Bréfritari: Sigríður Pálsdóttir
Viðtakandi: Páll Pálsson
Dagsetning: A-1869-10-04
Skrifað á: Breiðabólsstað  Rang.
Páll var bróðir Sigríðar

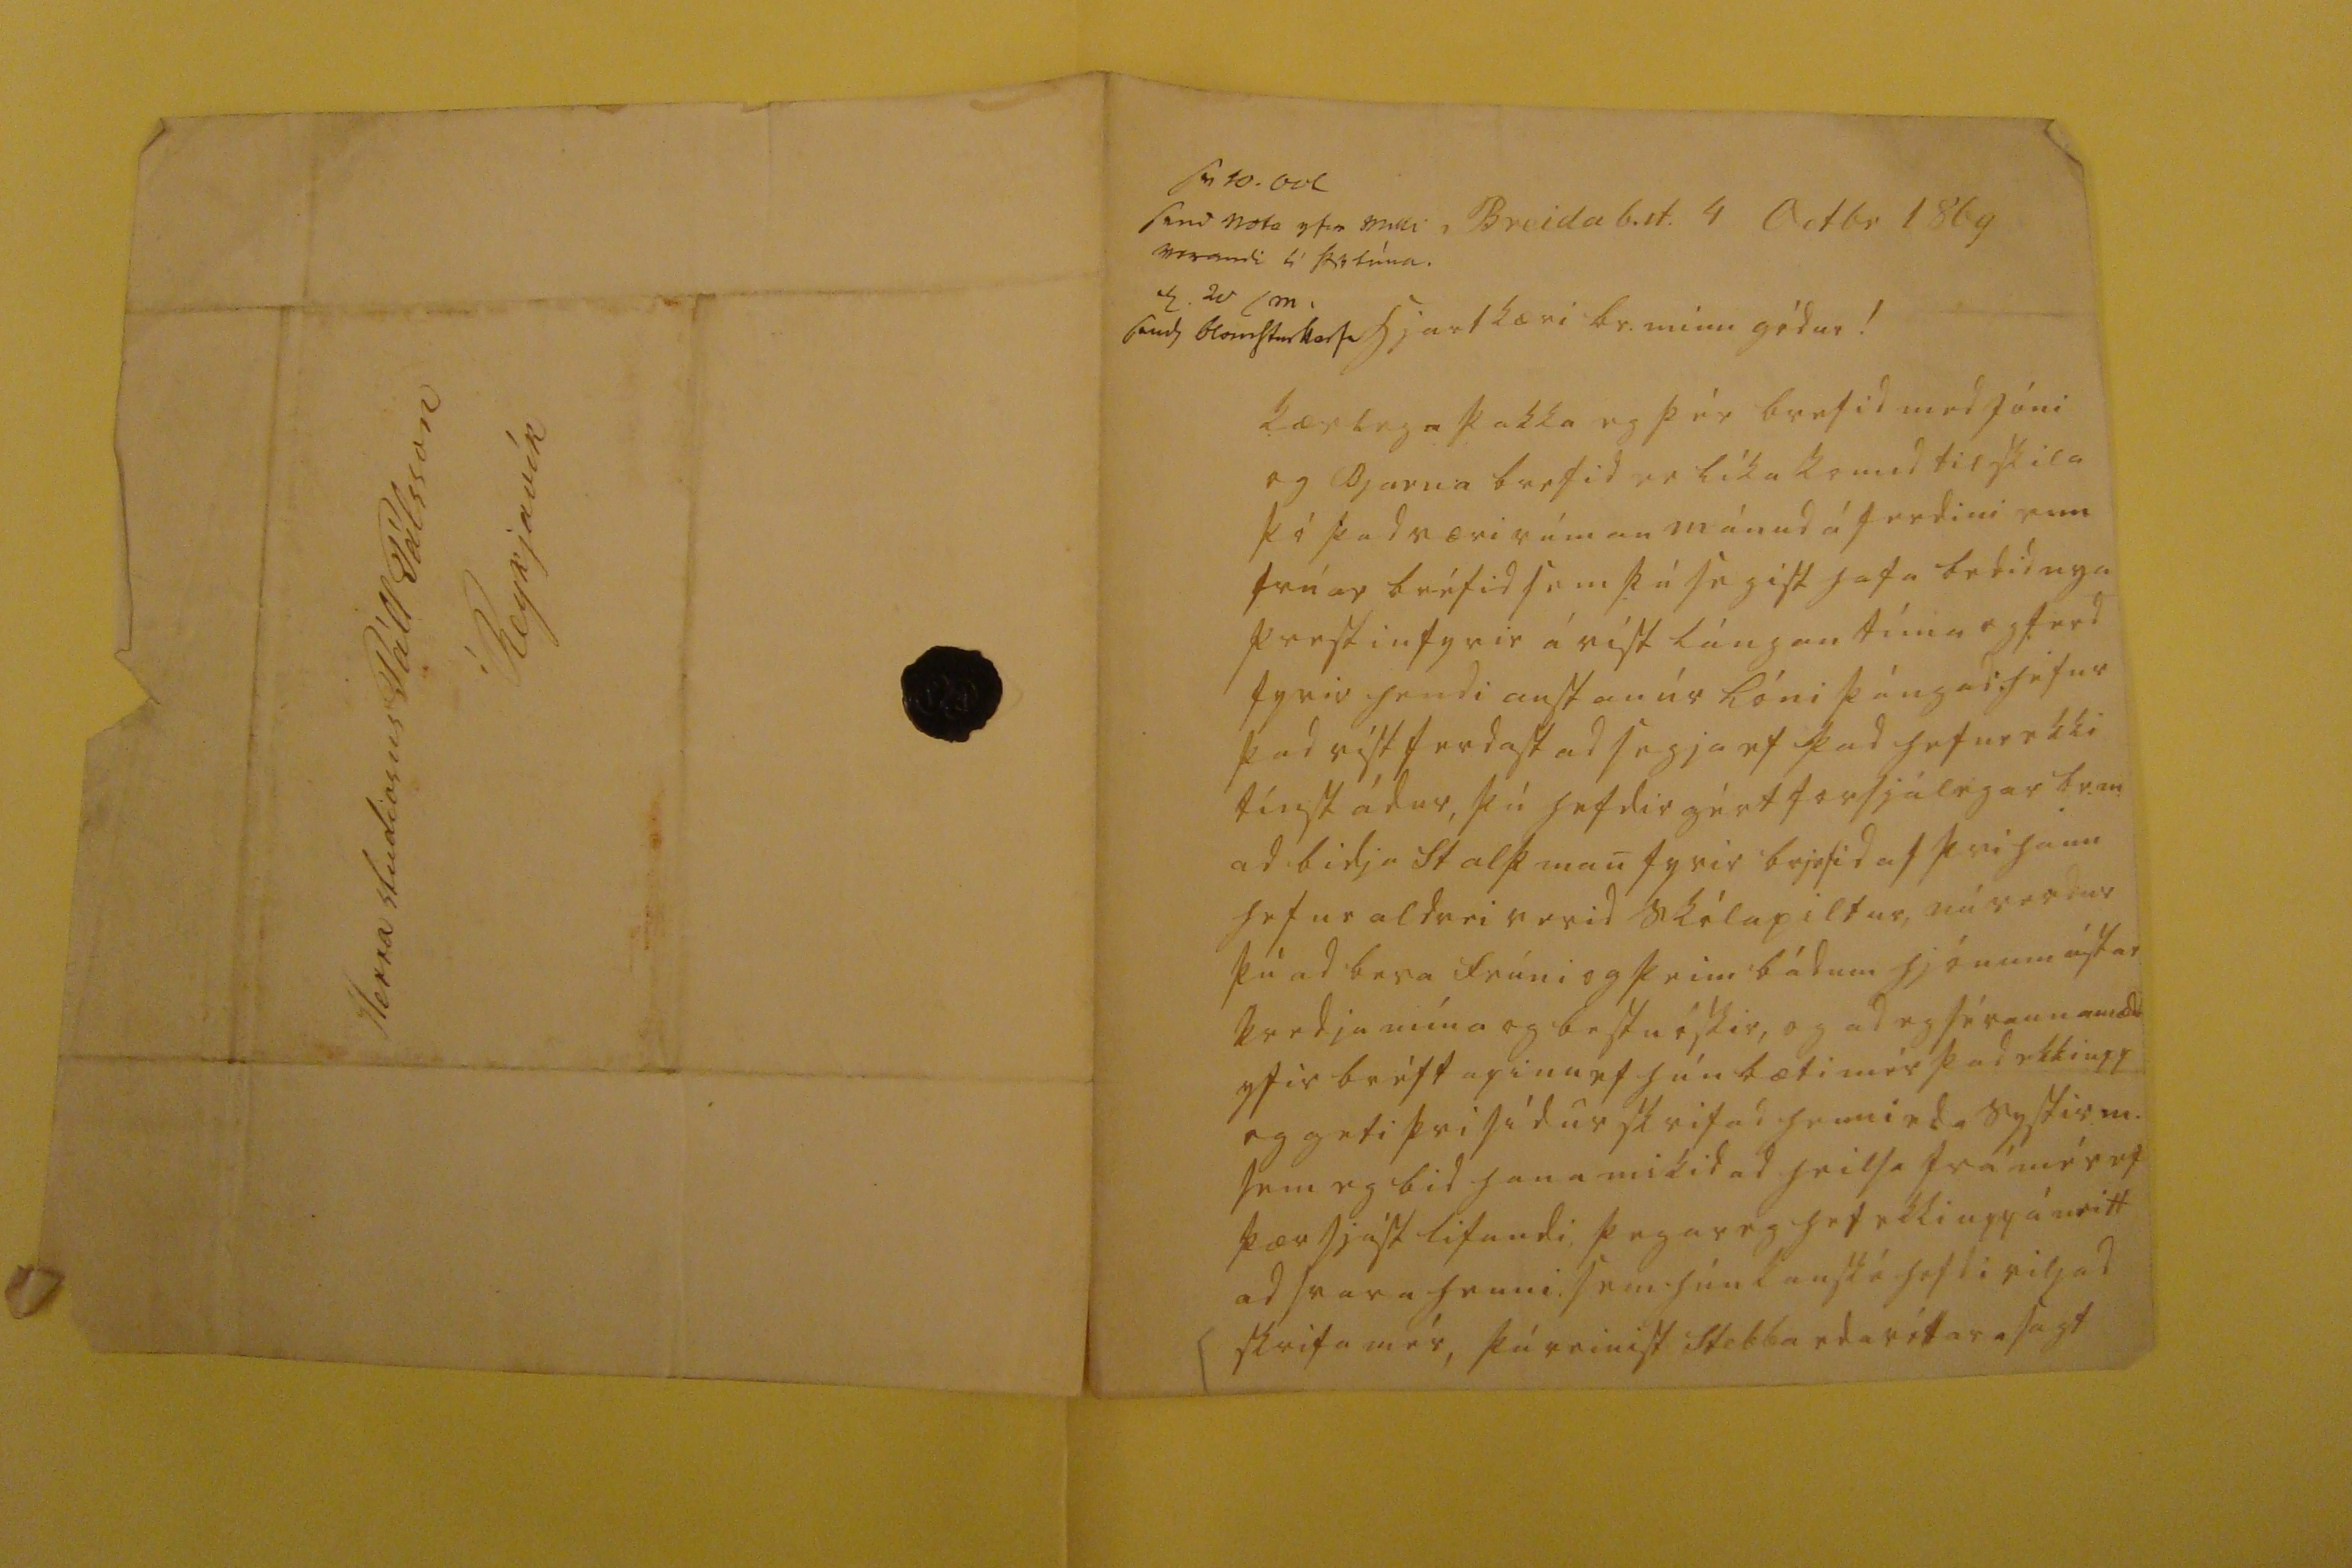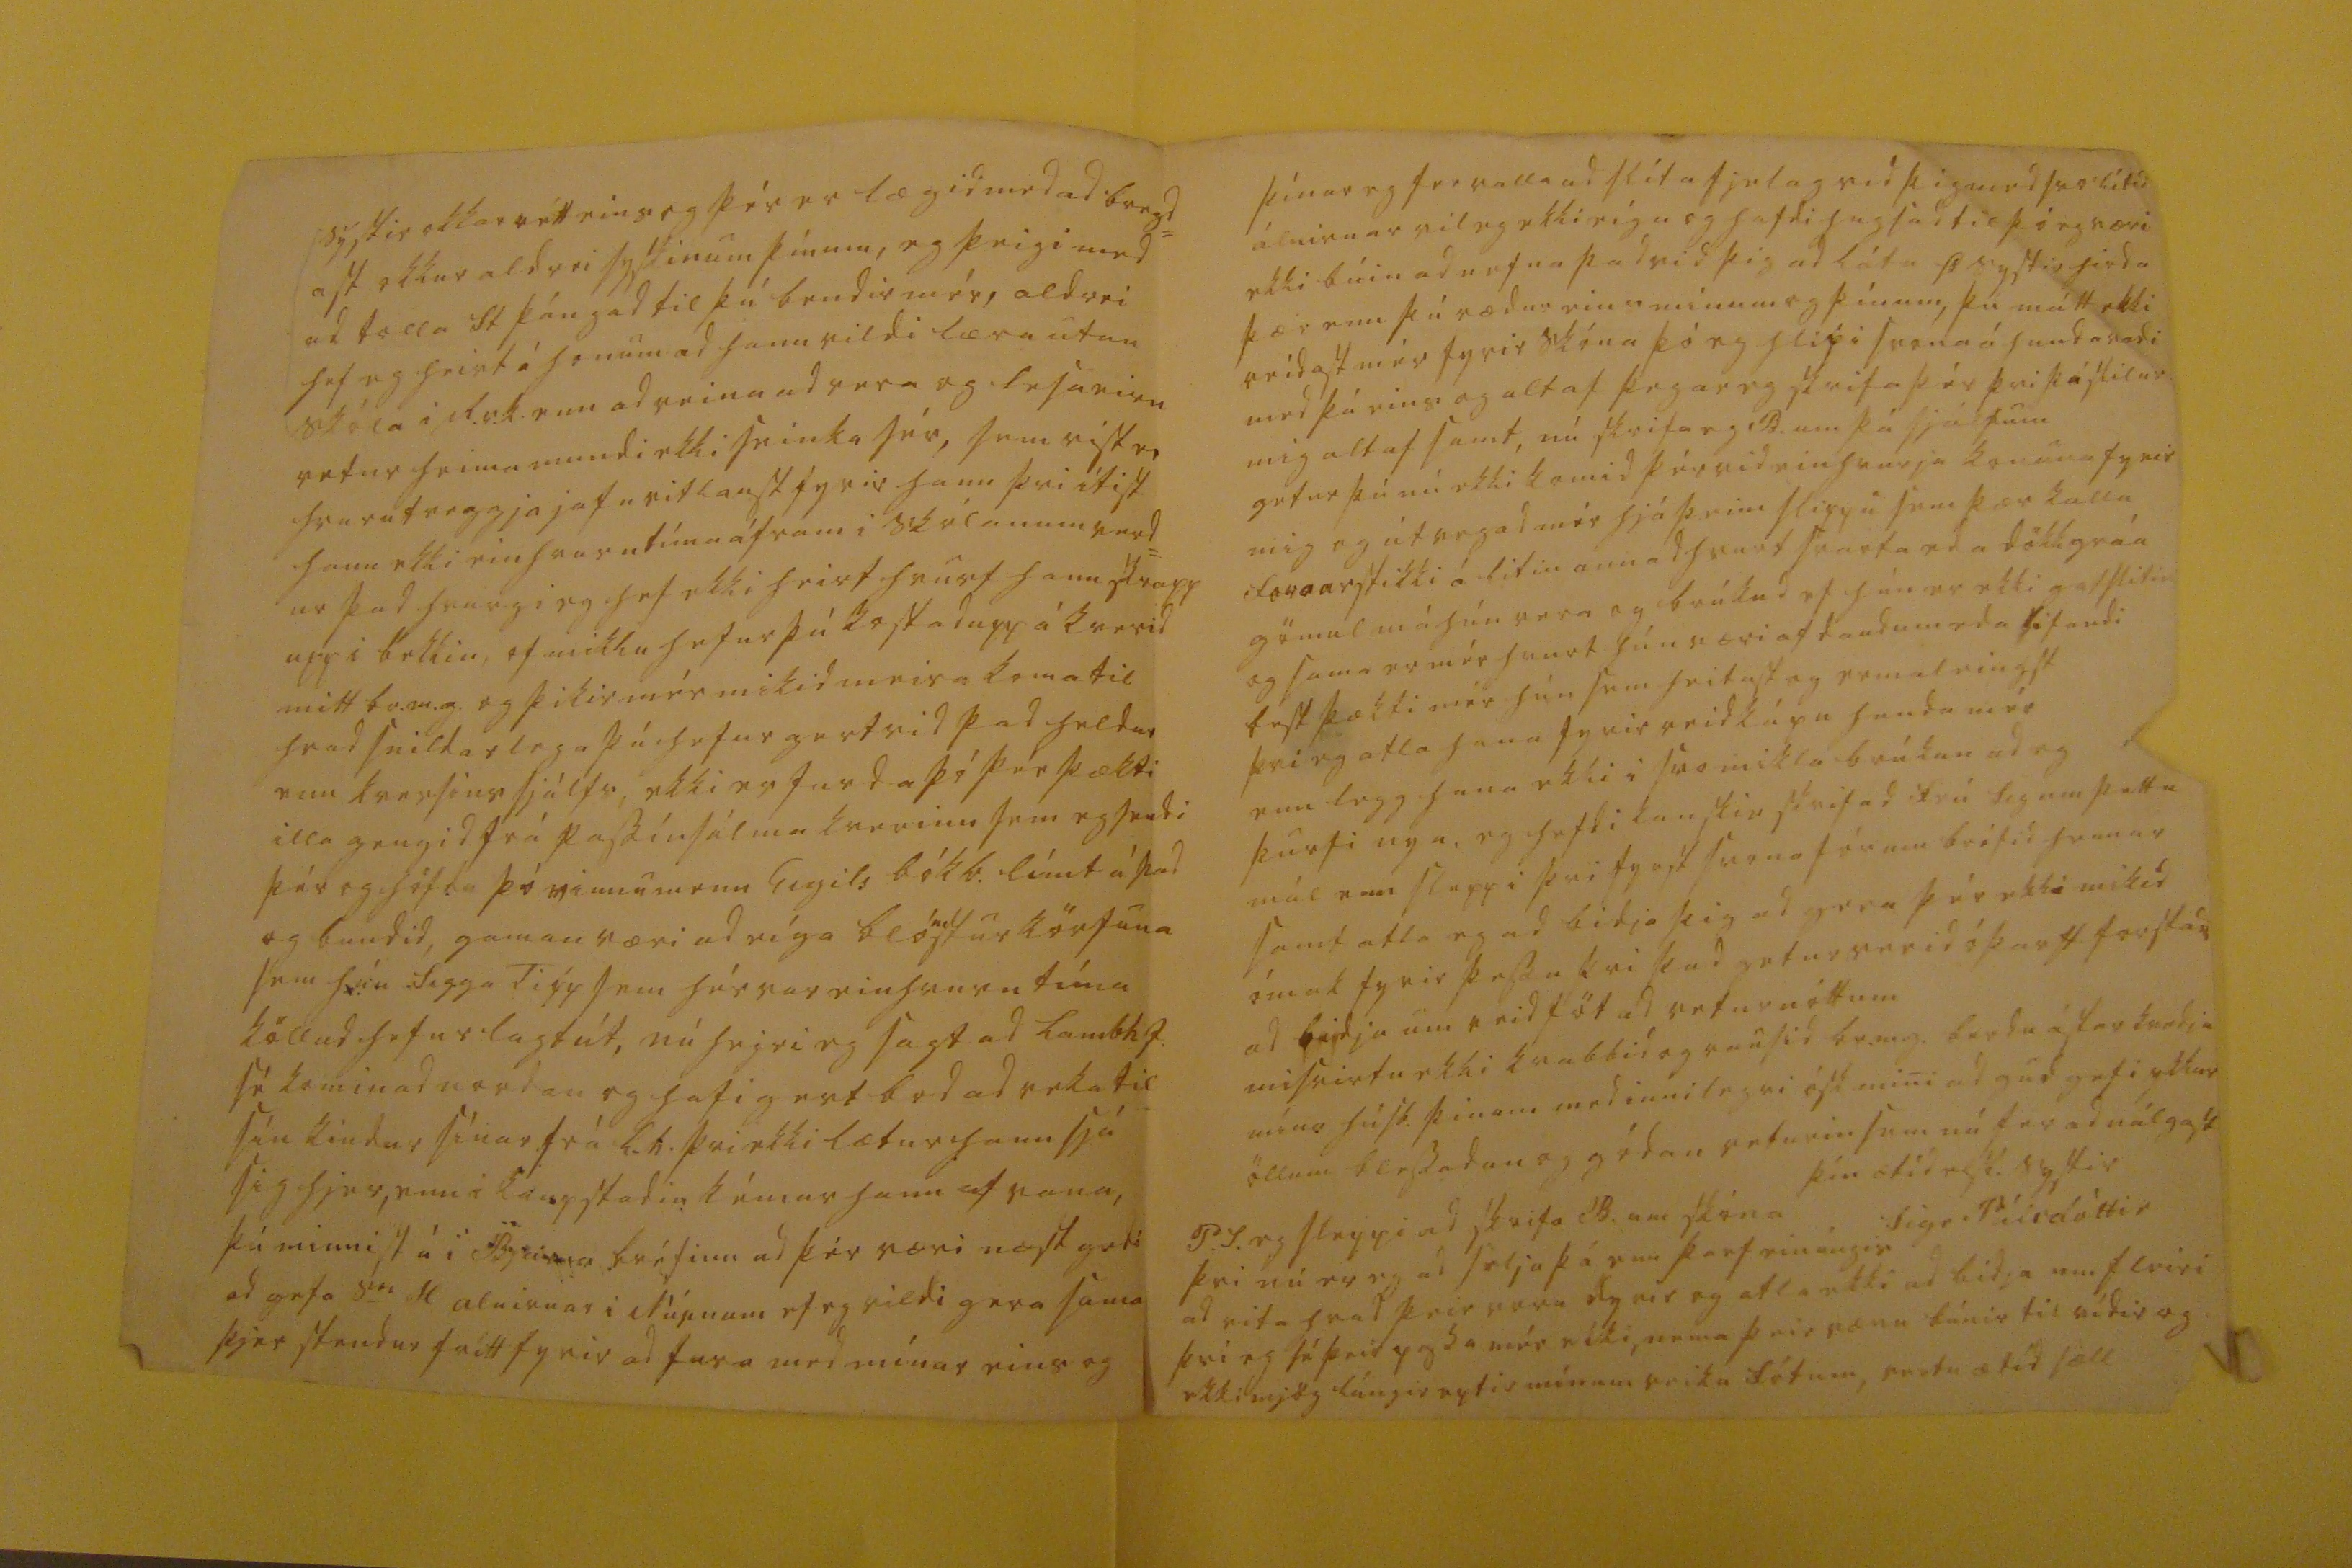

sv 10. Oct send nota yfir milli 00ran0 i kotinu 0 20 sm. sendt blomstur0o00
Breidab.st. 4 Octbr 1869
hjartkæri br. minn gódur!
kærlega þakka eg þér brefid med Jóni og Bjarna brefid er líka komid til skila þó þad væri rúman mánud á ferdini enn trúar bréfid sem þú segist hafa bedid nya prestin fyrir á víst lángan tíma og ferd fyrir hendi austan úr lóni þángad hefur þad víst ferdast ad segja ef þad hefur ekki tínst ádur, þú hefdir gért forsjálegar br.m. ad bidja Stalþ man fyrir brjefid af þvi hann hefur aldrei verid skólapiltur, nú verdur þú ad bera frúni og þeim bádum hjónum ástar kvedju mína og bestu óskir, og ad eg sé raunandi yfir bréftapinu ef hún bæti mér þad ekki upp og geti þvi sídur skrifad henni eda systir m. sem eg bid hana mikid ad heilsa frá mér ef þær sjást lifandi þegar eg hef ekki upp á neitt ad svara henni sem hún kanské hefdi viljad skrifa mér, þú reinist Stebba eda réttara sagt
systir okkar rétt eins og þér er lægid med ad bregd= ast okkur aldrei syskinum þínum, eg þeigi med ad tolla St þángad til þú bendir mér, aldrei hef eg heirt á honum ad hann vildi læra utan skóla i R.v.k. enn ad reina ad vera og lesa eirn vetur heima mundi ekki seinka sér, sem vist er hvurutveggja jafnvitlaust fyrir hann þvi ítist hann ekki einhvurntíma áfram i skólanum verd= ur þad hvurgi eg hef ekki heirt hvurt hann skrapp upp i bekkin, of miklu hefur þú kostad upp á kverid mitt br.m.g. og þikir mér mikid meira koma til hvad snildarlega þú hefur gert vid þad heldur enn kversins sjálfs, ekki er furda þó þér þækti illa gengid frá passíusálmakverinu sem eg sendi þér og höfdu þó vinnumenn Eigils bókb. límt á þad og bundid, gaman væri ad eíga bló
m
sturkörfuna sem hún Sigga
Tipp
sem hér var einhvurn tíma köllud hefur lagt út, nú heiri eg sagt ad Lambh J. sé komin ad nordan og hafi gert bod ad reka til sín kindur sínar frá L.h. þvi ekki lætur hann sjá sig hjer, enn i kaupstadin kémur hann af vana, þú minnist á í Bjarna bréfinu ad þér væri næst gudi ad gefa S
0
H alnirnar i Núpnum ef eg vildi gera sama þjer stendur frítt fyrir ad fara med mínar eins og
þínar eg fer valla ad slíta fjelag vid þig med svo lítid álnirnar vil eg ekki eíga og hafdi hugsad til þó eg væri ekki búin ad nefna þad vid þig ad láta Þ systir hirda þær enn þú rædur eins mínum og þínum, þú mátt ekki reidast mér fyrir skóna þó eg hlipi svona á hundavadi med þá eins og altaf þegar eg skrifa þér þvi þú skilur mig altaf samt, nú skrifa eg B. um þá sjálfum getur þú nú ekki komid þér vid einhvurja konuna fyrir mig og útvegad mér hjá þeim slippu sem þær kalla
for0arstikki
á litin annadhvurt svarta eda dökkgráa gömul má hún vera og brúkud ef hún er ekki gatslitin og sama er mér hvurt hún væri af daudum eda lifandi best þækti mér hún sem heitast og ermaleingst þvi eg atla hana fyrir reidkápu handa mér enn legg hana ekki i svo mikla brúkun ad eg þurfi nya, eg hefdi kanskie skrifad frú Sig um þetta mál enn sleppi þvi fyrst svona fór um bréfid hennar samt atla eg ad bidja þig ad gera þér ekki mikid ómak fyrir þessu þvi þad getur verid óþarft forsta
d
ad bidja um reidföt ad veturnóttum misvirtu ekki kvabbid og rausid br.m.g. berdu ástarkvedju mína húsb. þinum med innilegri ósk mini ad gud gefi ykkur öllum blessadan og gódan veturin sem nú fer ad nálgast
þín ætíd elsk. systir
Sigr Pálsdóttir
P.S eg sleppi ad skrifa B. um skóna þvi nú er eg ad selja þá enn þarf einúngis ad vita hvad þeir voru dyrir og atla ekki ad bidja um fleiri þvi eg sé þeir passa mér ekki, nema þeir væru búnir til sídir og ekki mjög lángir eptir mínum veiku fótum, vertu ætíd sæll
Herra studiosus Páll Pálsson í Reykjavík